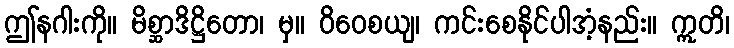
ဤနဂါးကို။ မိစ္ဆာဒိဋ္ဌိတော၊ မှ။ ဝိဝေစယျ၊ ကင်းစေနိုင်ပါအံ့နည်း။ ဣတိ၊